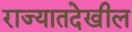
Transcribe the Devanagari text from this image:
राज्यातदेखील